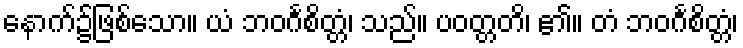
နောက်၌ဖြစ်သော။ ယံ ဘဝင်္ဂစိတ္တံ၊ သည်။ ပဝတ္တတိ၊ ၏။ တံ ဘဝင်္ဂစိတ္တံ၊